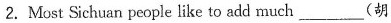
2. Most Sichuan people like to add much ___ (胡